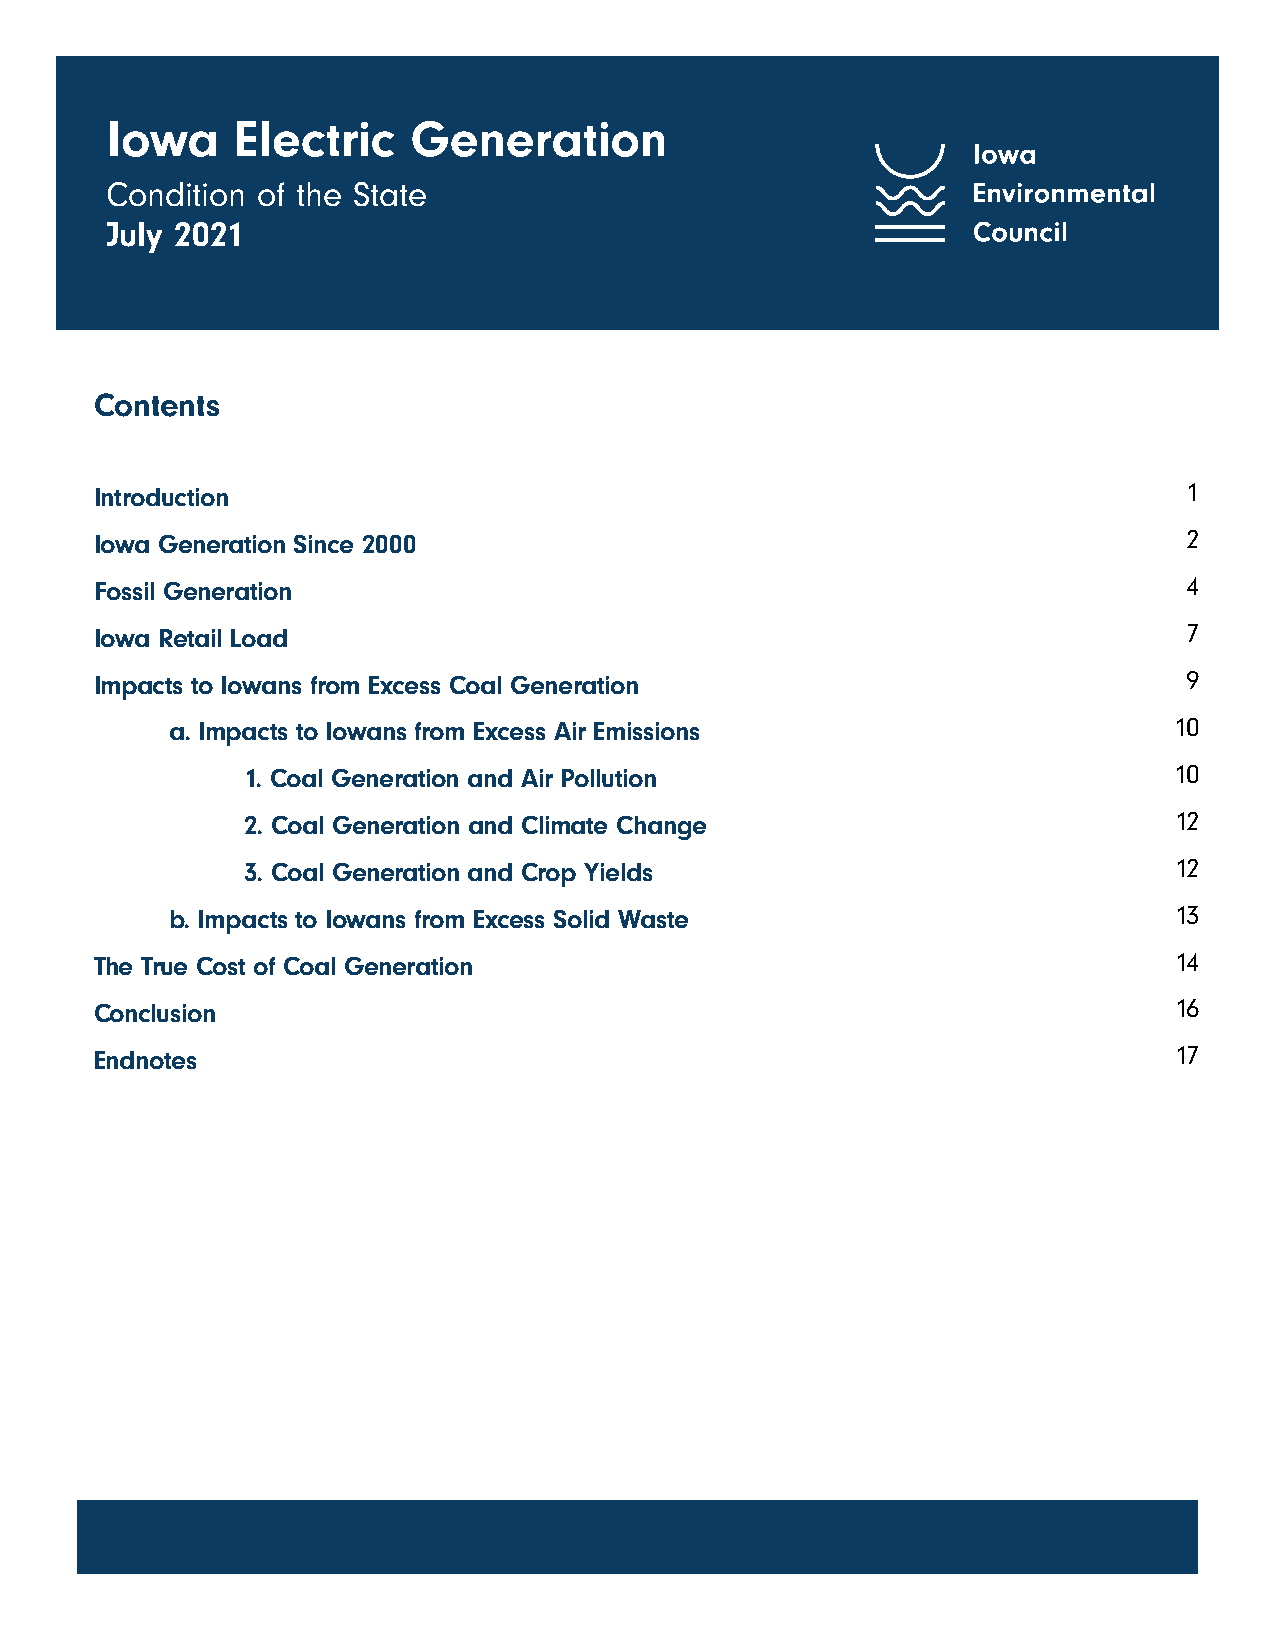
Iowa     Electric   Generation
 Condition of the State
 July 2021
 Contents
 Introduction                                                             1
 Iowa Generation Since 2000                                               2
 Fossil Generation                                                        4
 Iowa Retail Load                                                         7
 Impacts to Iowans from Excess Coal Generation                            9
 a. Impacts to Iowans from Excess Air Emissions                     10
 1. Coal Generation and Air Pollution                          10
 2. Coal Generation and Climate Change                         12
 3. Coal Generation and Crop Yields                            12
 b. Impacts to Iowans from Excess Solid Waste                       13
 The True Cost of Coal Generation                                        14
 Conclusion                                                              16
 Endnotes                                                                17